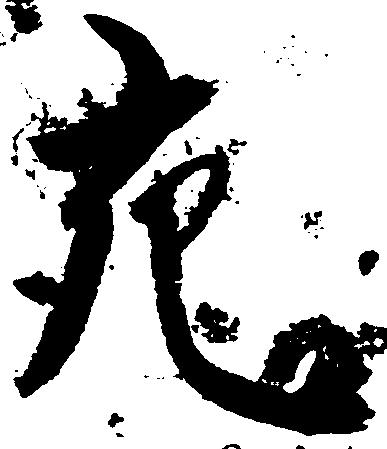
充